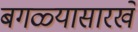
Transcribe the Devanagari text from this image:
बगळ्यासारखे